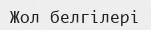
Жол белгілері